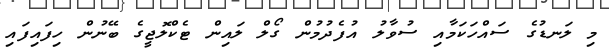
މި ލަނޑުގެ ސައްހަކަމާއި ސުވާލު އުފެދުމުން ގޯލް ލައިން ޓެކްލޮޖީގެ ބޭނުން ހިފައިފައި